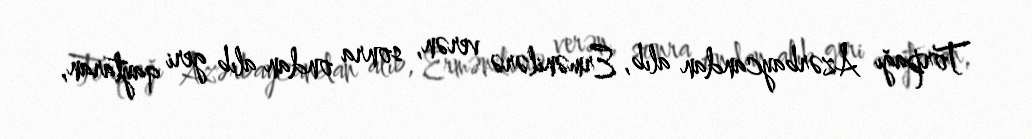
Torpağı Azərbaycandan alıb, Ermənilərə verən, sonra ondan alıb geri qaytaran,